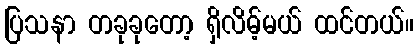
ပြသနာ တခုခုတော့ ရှိလိမ့်မယ် ထင်တယ်။